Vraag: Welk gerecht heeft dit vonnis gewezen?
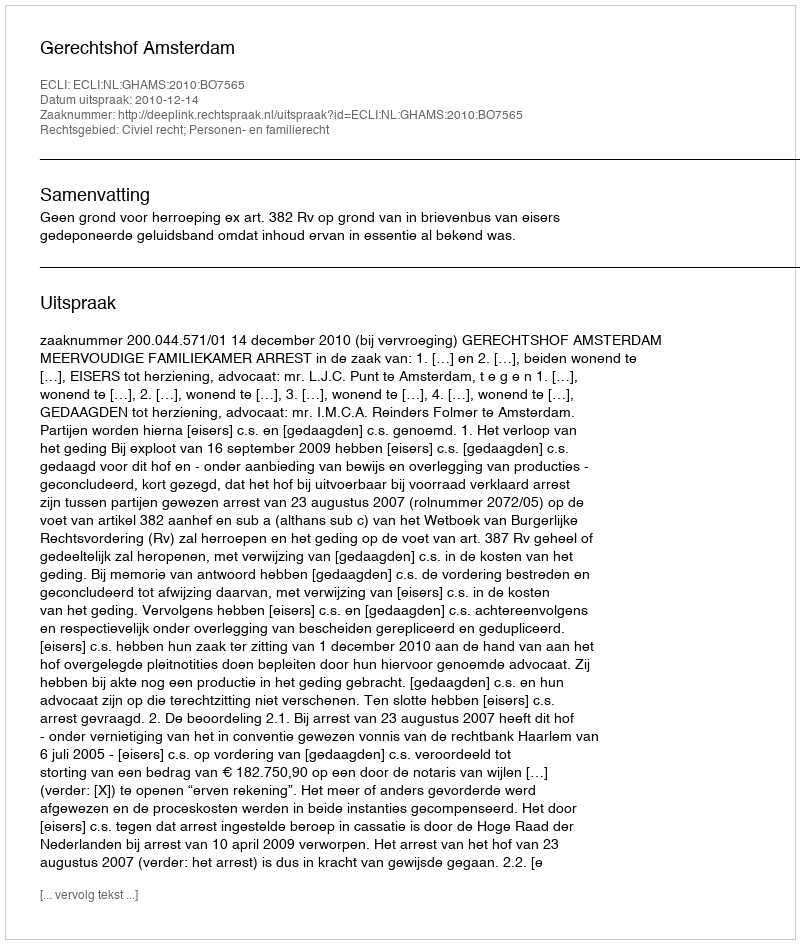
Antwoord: Gerechtshof Amsterdam